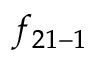
f _ { 2 1 - 1 }